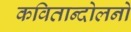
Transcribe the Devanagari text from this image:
कवितान्दोलनो